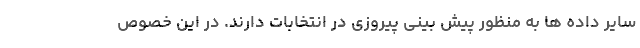
سایر داده ها به منظور پیش بینی پیروزی در انتخابات دارند. در این خصوص